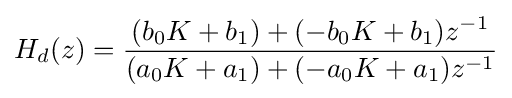
H_{d}(z)={\frac {(b_{0}K+b_{1})+(-b_{0}K+b_{1})z^{-1}}{(a_{0}K+a_{1})+(-a_{0}K+a_{1})z^{-1}}}